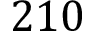
2 1 0